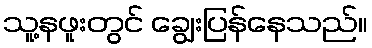
သူ့နဖူးတွင် ချွေးပြန်နေသည်။